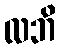
လဘိ